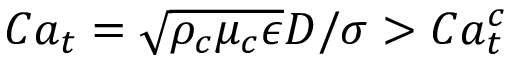
C a _ { t } = \sqrt { \rho _ { c } \mu _ { c } \epsilon } D / \sigma > C a _ { t } ^ { c }